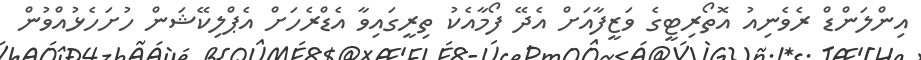
އިންލަންޑް ރެވެނިއު އޮތޯރިޓީގެ ވަޒީފާއަށް އެދޭ ފޯމާއެކު ތިރީގައިވާ އެޑްރެހަށް އެޕްލިކޭޝަން ހުށަހެޅުއްވުން